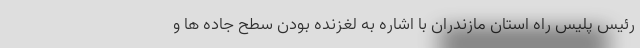
رئیس پلیس راه استان مازندران با اشاره به لغزنده بودن سطح جاده ها و